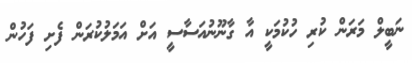
ނަބީލް މަރަން ކުރި ހުކުމަކީ އާ ގާނޫނުއަސާސީ އަށް އަމަލުކުރަން ފެށި ފަހުން